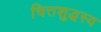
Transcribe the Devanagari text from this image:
चित्तशुद्धस्य